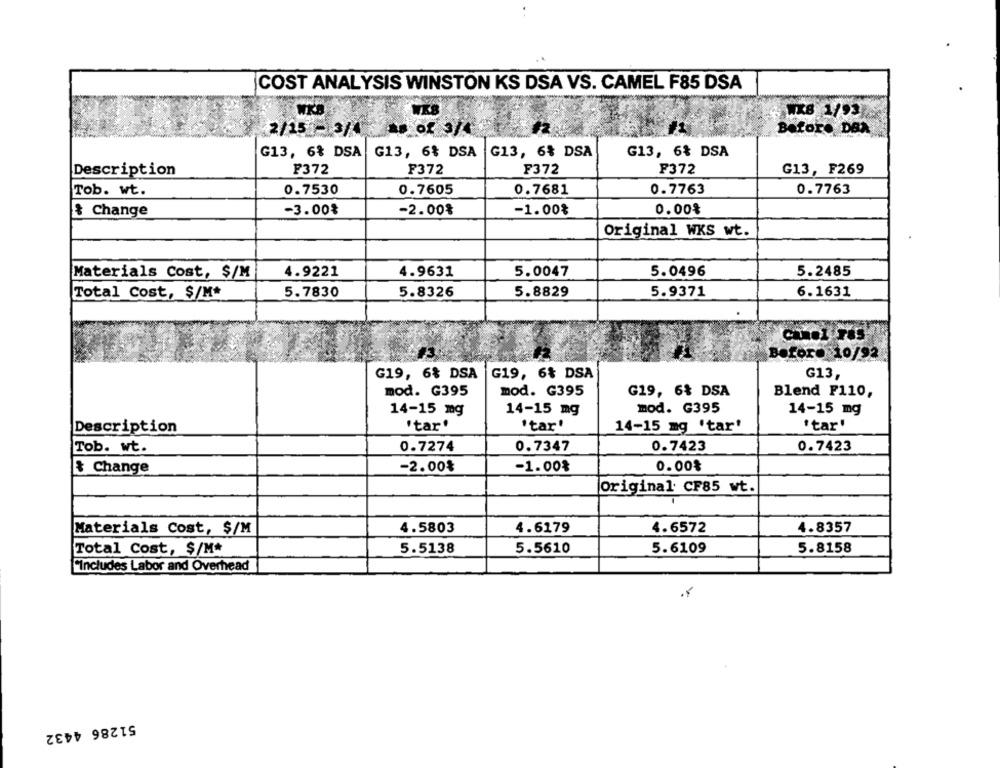
COST ANALYSIS WINSTON KS DSA VS. CAMEL F85 DSA
WK
WX8 1/93
Before DBX
2/15 -3/4
G13, 6% DSA G13, 6% DSA
G13, 6% DSA
G13, 6% DSA
F372
F372
G13, F269
Description
F372
F372
Tob. wt.
0.7530
0.7605
0.7681
0.7763
0.7763
& Change
-3.00₺
-2.00%
-1.00%
0.00%
Original WKS wt.
Materials Cost, $/M
4.9221
4.9631
5.0047
5.0496
5.2485
Total Cost, $/M*
5.7830
5.8326
5.8829
5.9371
6.1631
Before 10/92
G19, 6% DSA
G19, 6% DSA
G13,
mod. G395
mod. G395
G19, 6% DSA
Blend F110,
14-15 mg
14-15 mg
mod. G395
14-15 mg
Description
"tar'
'tar'
14-15 mg 'tar'
"tar'
Tob. wt.
0.7274
0.7347
0.7423
0.7423
-2.00₺
-1.00%
0.00%
& Change
original CF85 wt.
Materials Cost, $/M
4.5803
4.6179
4.6572
4.8357
Total Cost, $/M*
5.5138
5.5610
5.6109
5.8158
Cincludes Labor and Overhead
51286 4432